Report on vaccination in the Province of Bengal - 1869-1873
Year: 1869
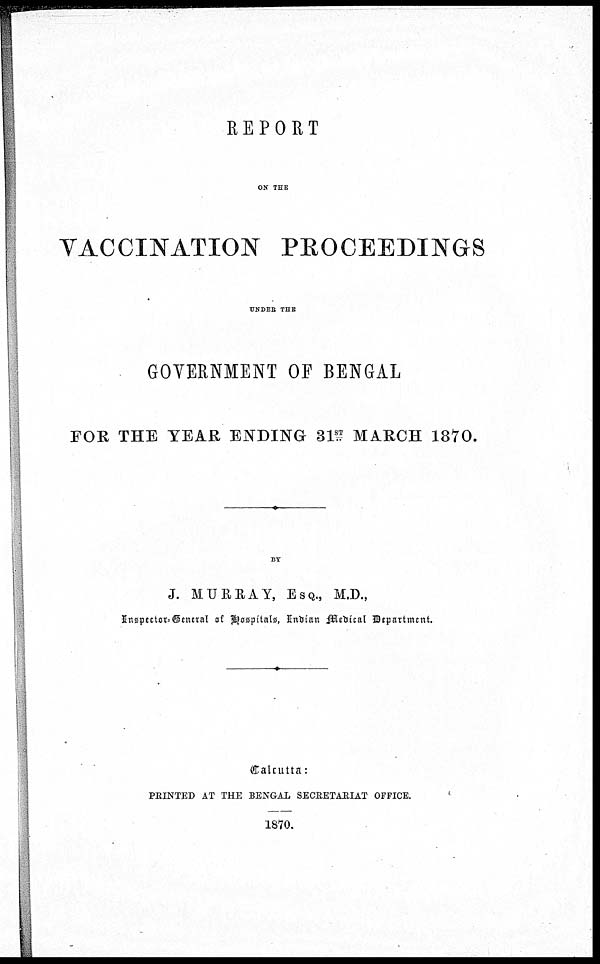
REPORT
OF THE
VACCINATION PROCEEDINGS
UNDER THE
GOVERNMENT OF BENGAL
FOR THE YEAR ENDING 31ST MARCH 1870.
BY
J. MURRAY, ESQ., M.D.,
Inspector General of Hospitals, Indian Medical Department.
Calcutta:
PRINTED AT THE BENGAL SECRETARIAT OFFICE.
1870.